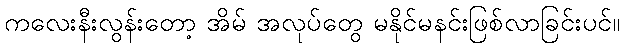
ကလေးနီးလွန်းတော့ အိမ် အလုပ်တွေ မနိုင်မနင်းဖြစ်လာခြင်းပင်။